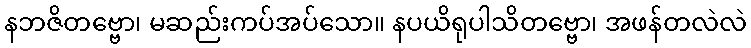
နဘဇိတဗ္ဗော၊ မဆည်းကပ်အပ်သော။ နပယိရုပါသိတဗ္ဗော၊ အဖန်တလဲလဲ